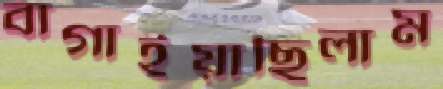
বাগাইয়াছিলাম